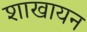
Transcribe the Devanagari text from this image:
शाखायन